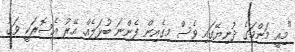
"މިއީ މަންމަގެ ދުނިޔޭގައި ވެސް މިގެއިން ފެންނަ ބުޅަލެއް. އޭރު އެސޮރަކީ ވަގު